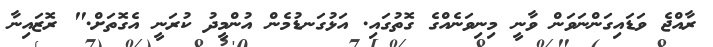
ރާއްޖެ ވަޑައިގަންނަވަން ވާނީ މިނިވަނެއްގެ ގޮތުގައި. އަޅުގަނޑުމެން އުންމީދު ކުރަނީ އެގޮތަށް." ރޮޒައިނާ